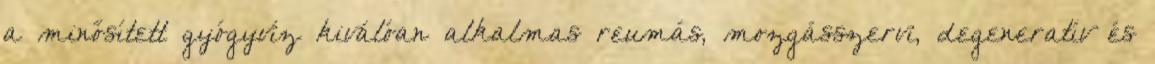
a minősített gyógyvíz kiválóan alkalmas reumás, mozgásszervi, degeneratív és